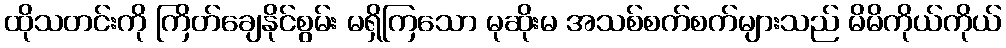
ထိုသတင်းကို ကြိတ်ချေနိုင်စွမ်း မရှိကြသော မုဆိုးမ အသစ်စက်စက်များသည် မိမိကိုယ်ကိုယ်